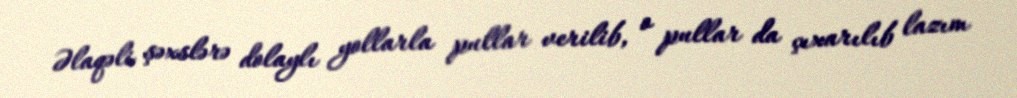
Əlaqəli şəxslərə dolaylı yollarla pullar verilib, o pullar da çıxarılıb lazım